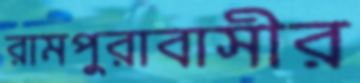
রামপুরাবাসীর